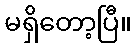
မရှိတော့ပြီ။